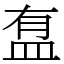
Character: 䀁